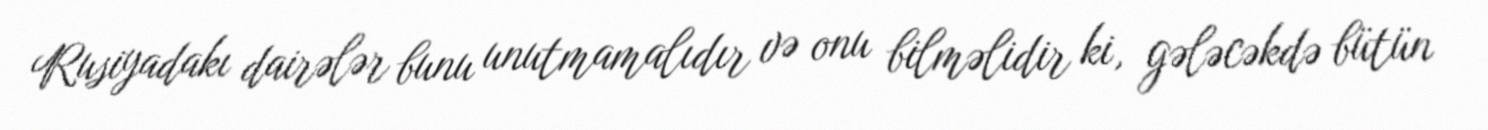
Rusiyadakı dairələr bunu unutmamalıdır və onu bilməlidir ki, gələcəkdə bütün